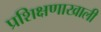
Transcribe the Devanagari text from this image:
प्रशिक्षणाखाली